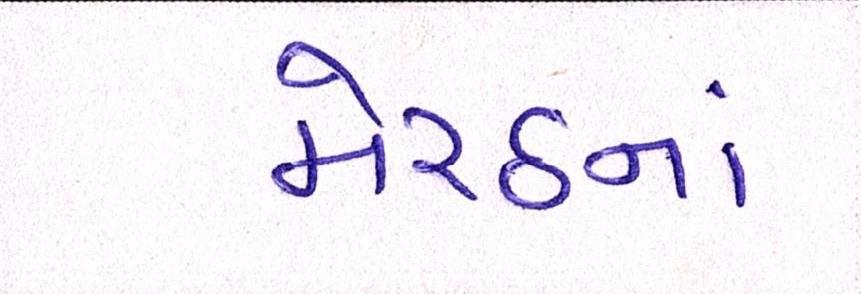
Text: મેરઠનાં